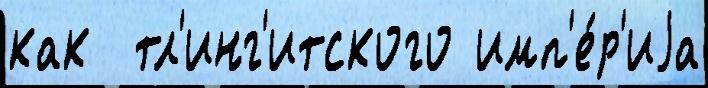
как  тл'инг'итского имп'е́р'иjа